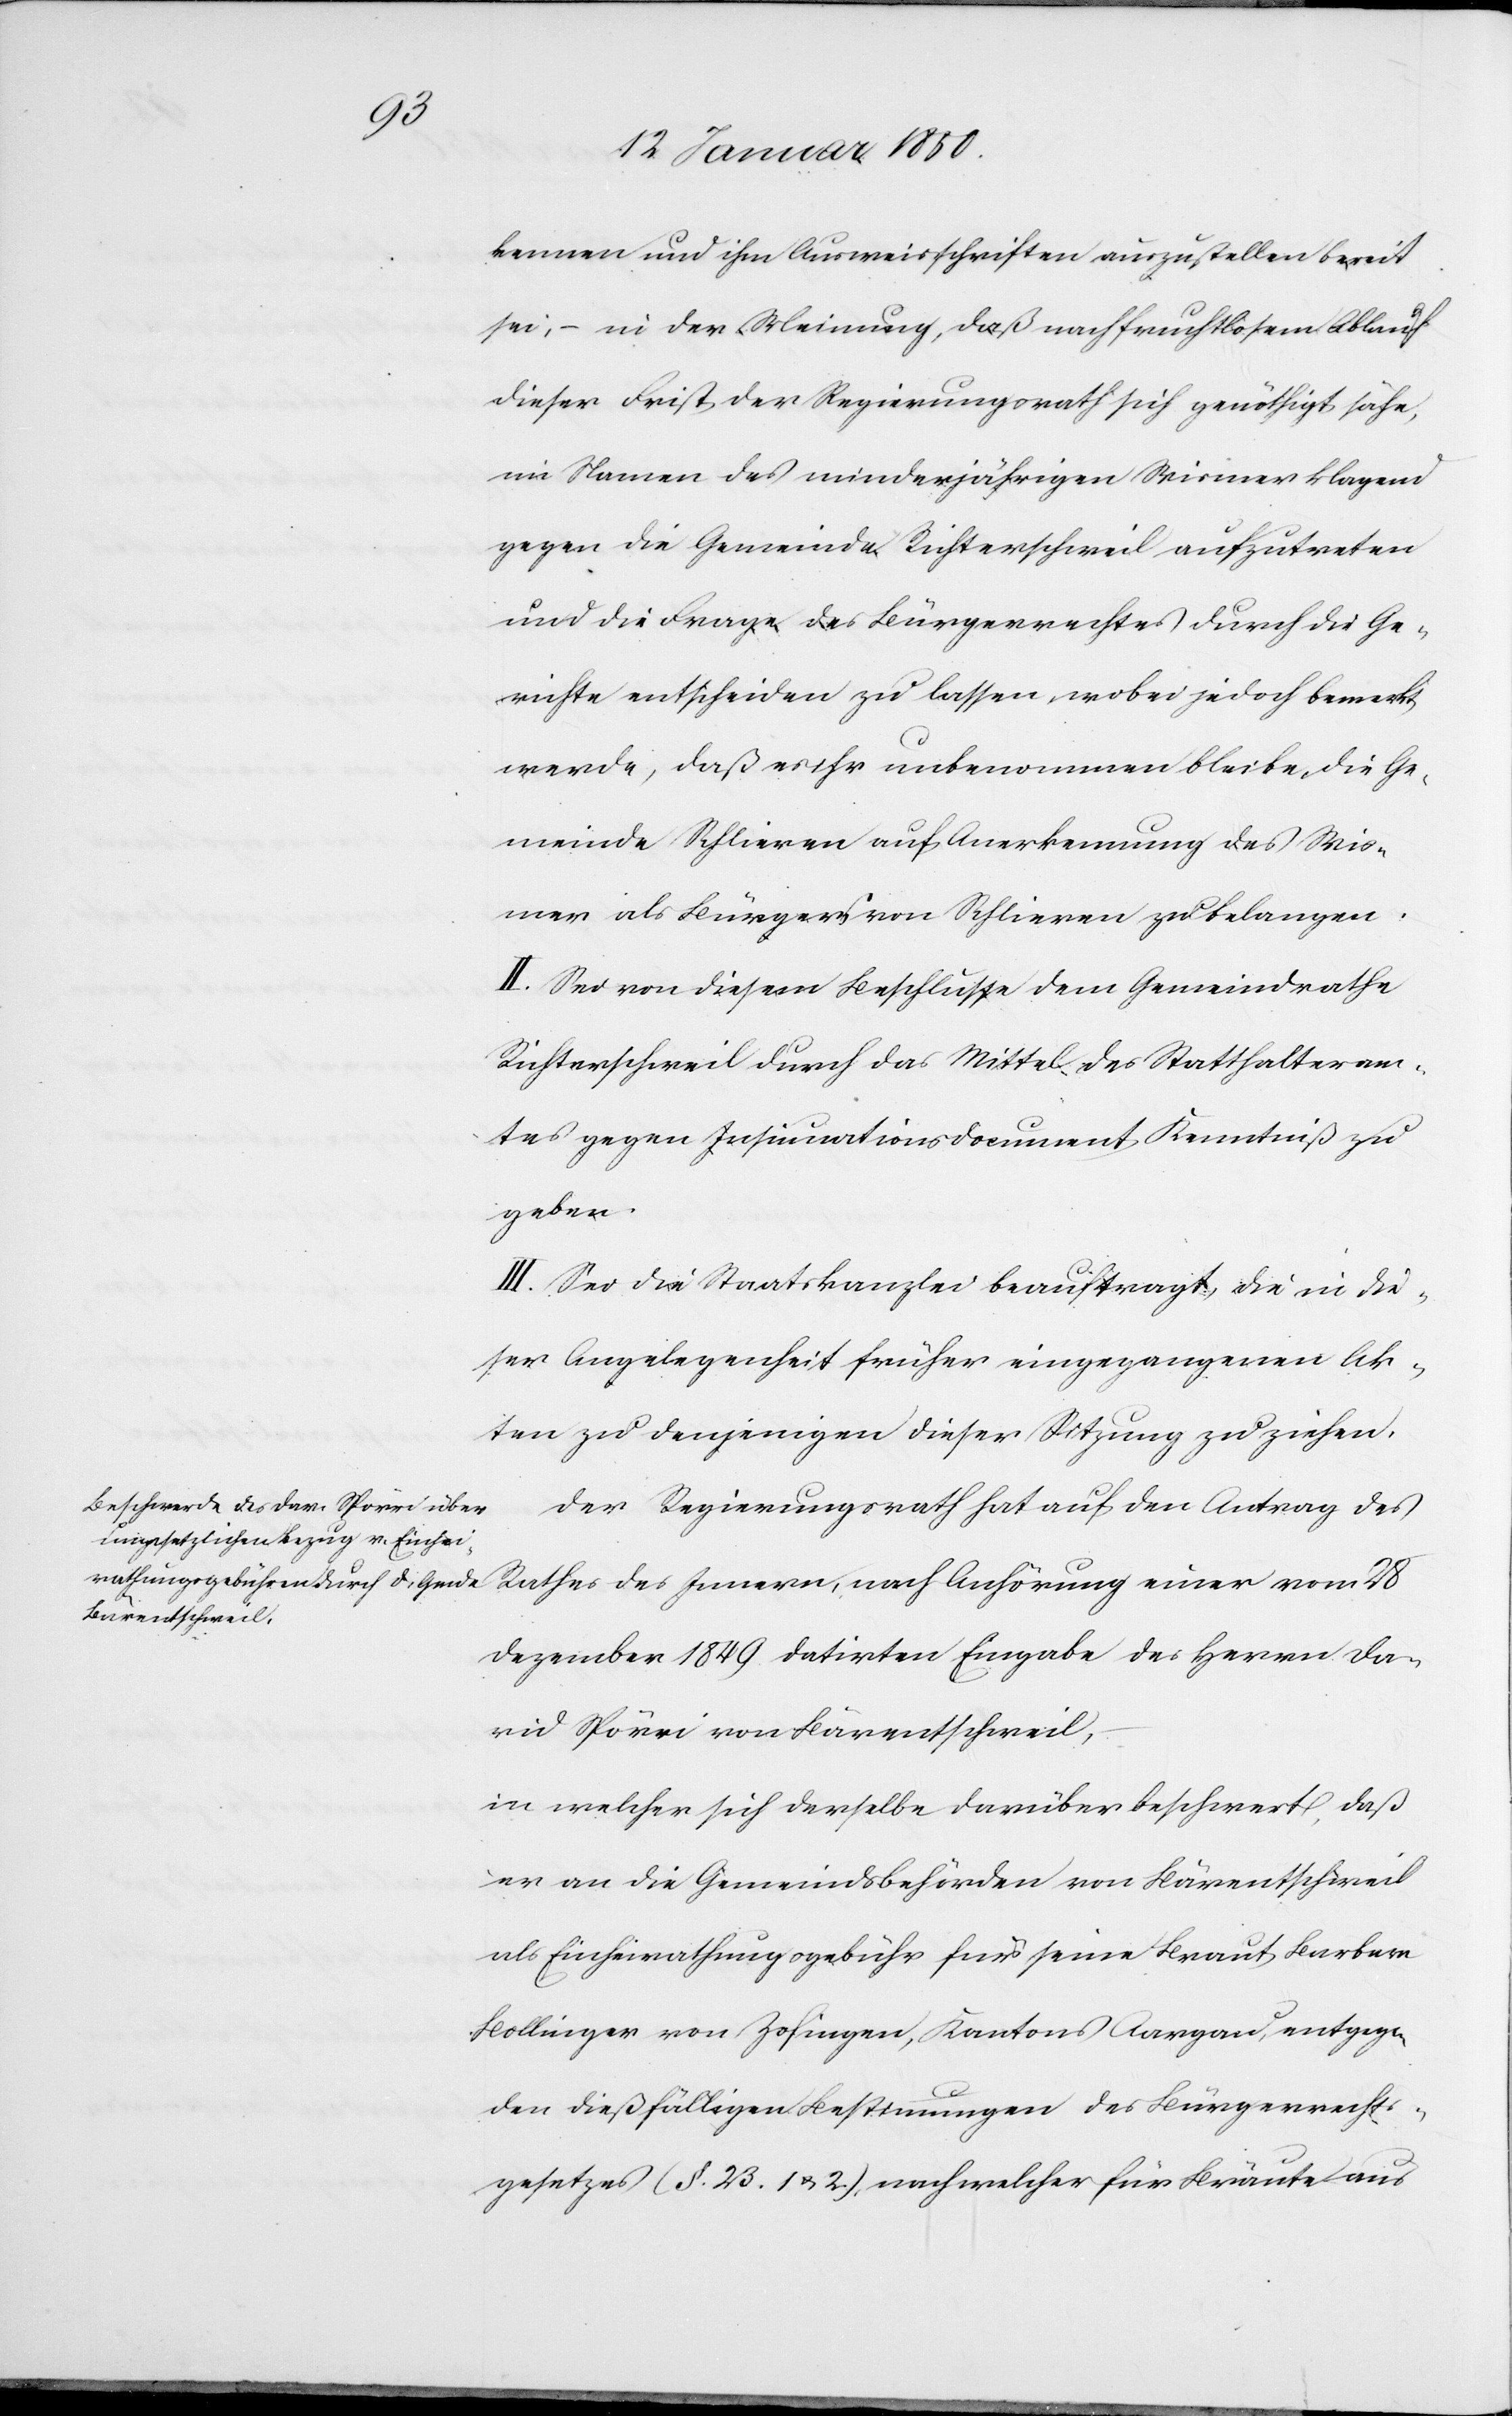
kennen und ihm Ausweisschriften auszustellen bereit
sei, in der Meinung, daß nach fruchtlosem Ablauf
dieser Frist der Regierungsrath sich genöhtigt sähe,
im Namen des minderjährigen Wismer klagend
gegen die Gemeinde Richterschweil aufzutreten
und die Frage des Bürgerrechtes durch die Ge¬
richte entscheiden zu lassen, wobei jedoch bemerkt
werde, daß es ihr unbenommen bleibe, die Ge¬
meinde Schlieren auf Anerkennung des Wis¬
mer als Bürgers von Schlieren zu belangen.
II. Sei von diesem Beschlusse dem Gemeindrathe
Richterschweil durch das Mittel des Statthalteram¬
tes gegen Insinuationsdocument Kenntniß zu
geben.
III. Sei die Staatskanzlei beauftragt, die in die¬
ser Angelegenheit früher eingegangenen Ak¬
ten zu denjenigen dieser Sitzung zu ziehen.
Der Regierungsrath hat auf den Antrag des
Rathes des Innern, nach Anhörung einer vom 8
Dezember 1849 datirten Eingabe des Herrn Da¬
vid Spörri von Bärentschweil,
in welcher sich derselbe darüber beschwert, daß
er an die Gemeindsbehörden von Bärentschweil
als Einheirathungsgebühr für seine Braut Barbara
Bollinger von Zofingen, Kantons Aargau, entgeg¬
en dießfälligen Bestimmungen des Bürgerrechts¬
gesetzes (§. 23. 1 u. 2.), nach welcher für Bräute aus